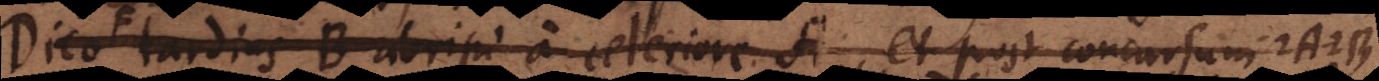
est tardius B abripi a celeriore A, et post concursum A B